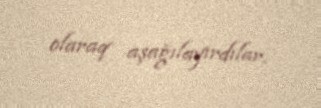
olaraq aşağılayırdılar.